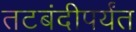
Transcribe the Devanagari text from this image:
तटबंदीपर्यंत